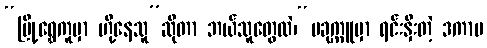
“မြို့ရွှေကူမှာ ဟို့နေသူ”ဆိုတာ ဘယ်သူတွေလဲ၊“ပခုက္ကူမှာ ရင်းနှီးတဲ့ ဒကာမ